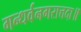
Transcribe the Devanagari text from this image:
गन्धर्वनगरात्तदा॥